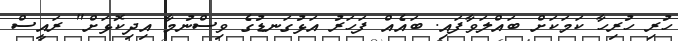
ހުރި ހުރިހާ ކަމަކަށް ބައްލަވާފައި. ބައެއް ފަަހަރު އަޅުގަނޑުގެ ވިސްނުމާ އިދިކޮޅަށް" ރައީސް